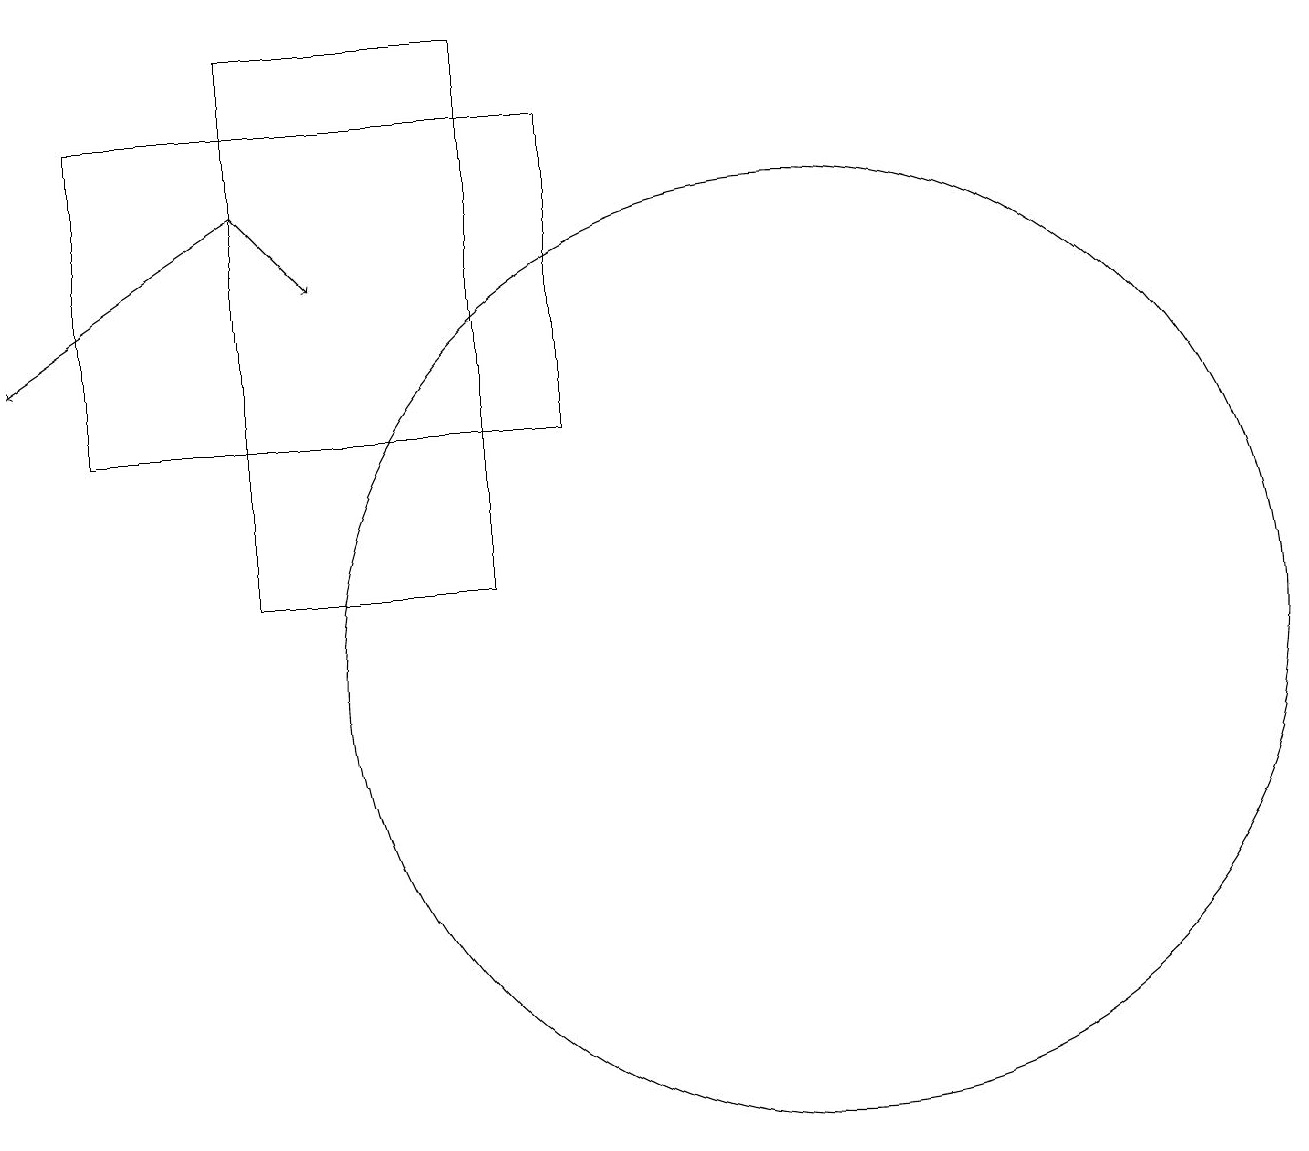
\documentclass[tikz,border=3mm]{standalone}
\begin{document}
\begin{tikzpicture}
\draw[->] (3,16) -- (4,15);
\draw (6,18) rectangle (3,11);
\draw (7,13) rectangle (1,17);
\draw[->] (3,16) -- (0,14);
\draw (10,10) circle (6);
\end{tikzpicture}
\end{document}